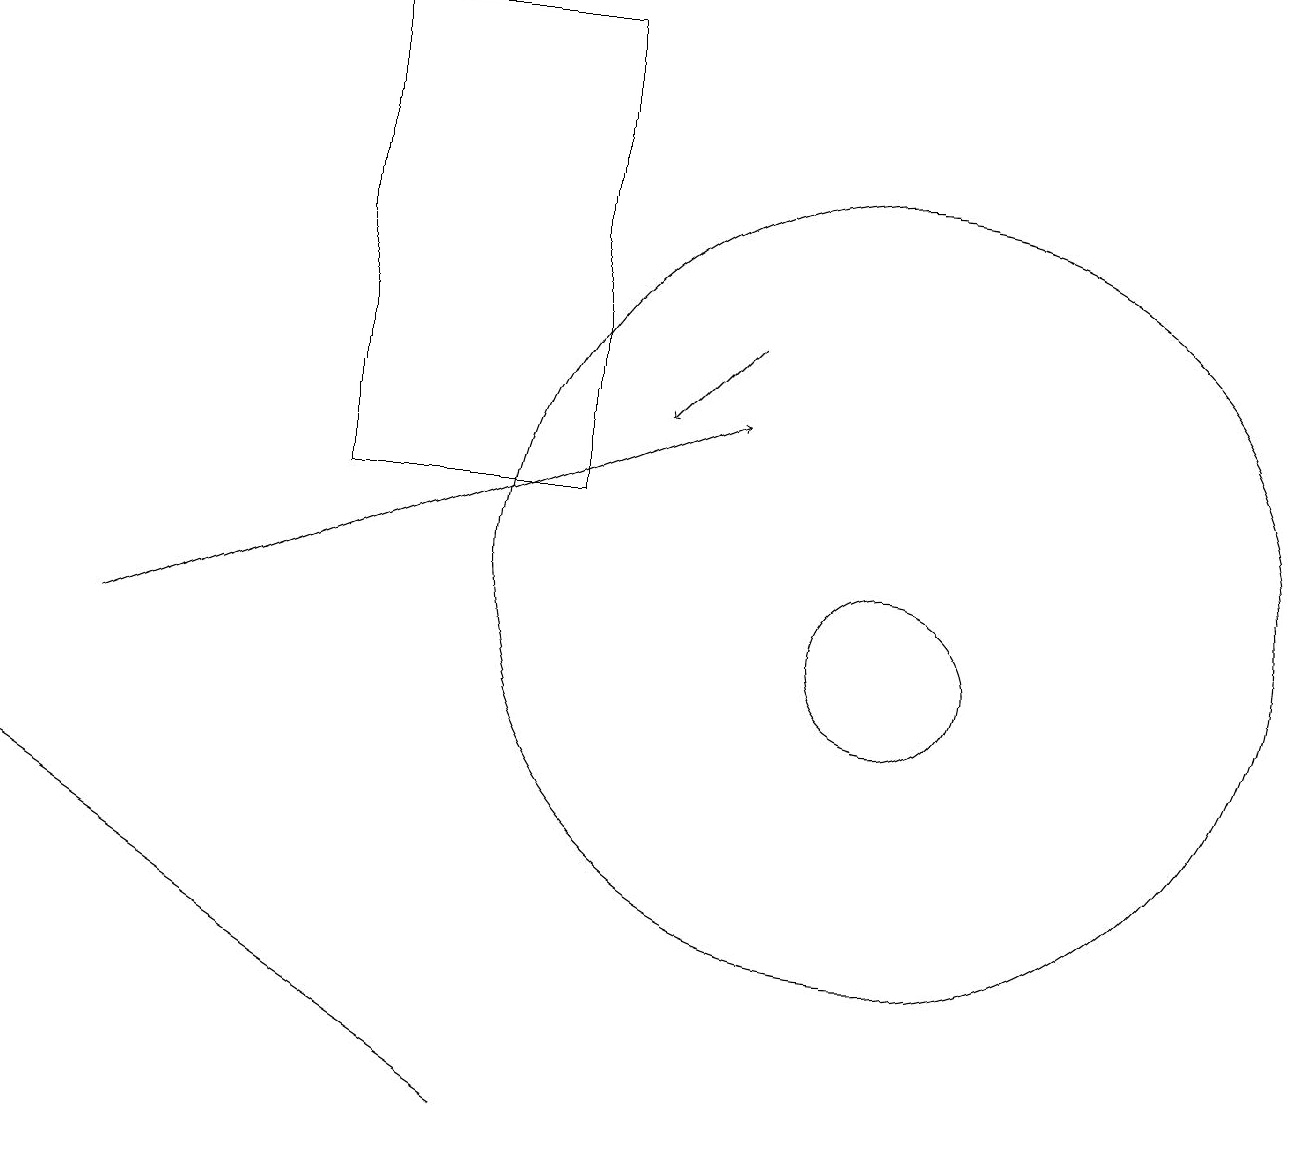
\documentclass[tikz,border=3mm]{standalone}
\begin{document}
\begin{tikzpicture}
\draw (11,10) circle (1);
\draw[->] (9,14) -- (8,13);
\draw (7,18) rectangle (4,12);
\draw (0,8) -- (6,4) -- (3,6) -- cycle;
\draw[->] (1,10) -- (9,13);
\draw (11,10) circle (0);
\draw (11,11) circle (5);
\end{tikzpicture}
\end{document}